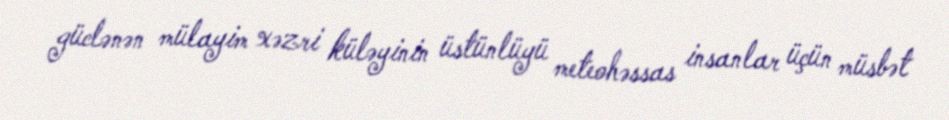
güclənən mülayim xəzri küləyinin üstünlüyü meteohəssas insanlar üçün müsbət